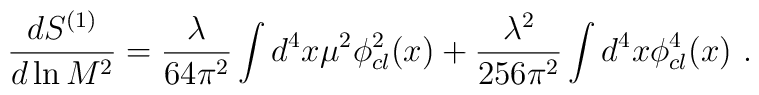
{d S^{(1)}\over d \ln M^2}= {\lambda\over 64\pi^2}\int d^4 x \mu^2 \phi^{2}_{cl}(x)   +{\lambda^2\over 256\pi^2}\int d^4 x \phi^{4}_{cl}(x)\,\,.